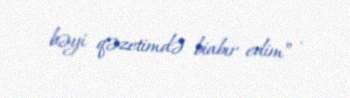
bəyi qəzetimdə biabır edim” .